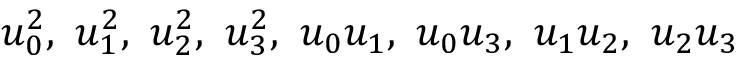
u _ { 0 } ^ { 2 } , \, \, u _ { 1 } ^ { 2 } , \, \, u _ { 2 } ^ { 2 } , \, \, u _ { 3 } ^ { 2 } , \, \, u _ { 0 } u _ { 1 } , \, \, u _ { 0 } u _ { 3 } , \, \, u _ { 1 } u _ { 2 } , \, \, u _ { 2 } u _ { 3 }